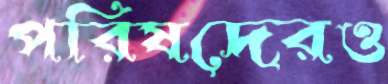
পরিষদেরও